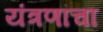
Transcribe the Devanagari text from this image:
यंत्रणांचा